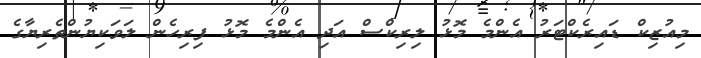
މިއުޒިކް ޑައިރެކްޓަރު އެންމެ މޮޅު ލިރިކްސް އަދި އެންމެ މޮޅު ފިރިހެން ލަވަކިޔުންތެރިޔާގެ